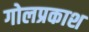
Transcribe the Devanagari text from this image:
गोलप्रकाश